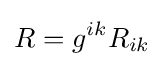
R=g^{ik}R_{ik}